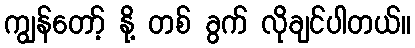
ကျွန်တော့် နို့ တစ် ခွက် လိုချင်ပါတယ်။